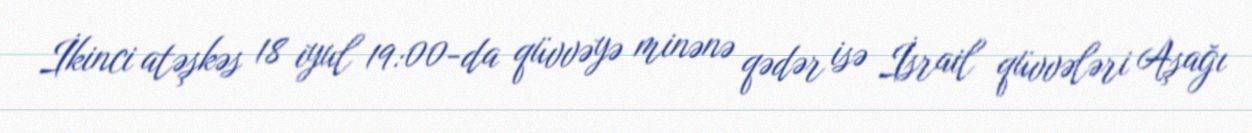
İkinci atəşkəs 18 iyul 19:00-da qüvvəyə minənə qədər isə İsrail qüvvələri Aşağı